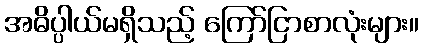
အဓိပ္ပါယ်မရှိသည့် ကြော်ငြာစာလုံးများ။